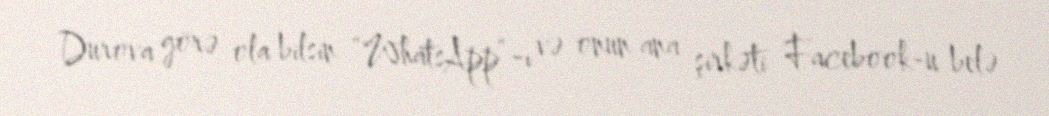
Durova görə ola bilsin “WhatsApp”-ı və onun ana şirkəti Facebook-u belə